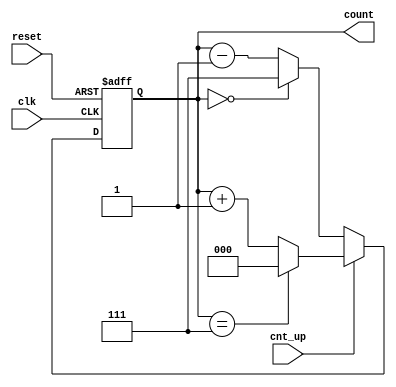
module up_down_counter (
    input wire clk,        // Asynchronous clock input
    input wire cnt_up,     // Control signal for counting direction
    input wire reset,      // Asynchronous active-high reset signal
    output reg [2:0] count // 3-bit output for current count value
);
    
    // Maximum count value for a 3-bit counter is 7 (binary 111)
    localparam MAX_COUNT = 3'b111;

    // Asynchronous reset
    always @(posedge clk or posedge reset) begin
        if (reset) begin
            count <= 3'b000; // Reset count to zero
        end else begin
            if (cnt_up) begin
                // Count Up
                if (count == MAX_COUNT) begin
                    count <= 3'b000; // Wrap around to 0
                end else begin
                    count <= count + 1; // Increment count
                end
            end else begin
                // Count Down
                if (count == 3'b000) begin
                    count <= MAX_COUNT; // Wrap around to MAX_COUNT
                end else begin
                    count <= count - 1; // Decrement count
                end
            end
        end
    end
    
endmodule